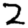
Digit: 2